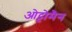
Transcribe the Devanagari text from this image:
ओट्टोमैन